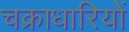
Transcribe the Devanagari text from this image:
चक्राधारियों